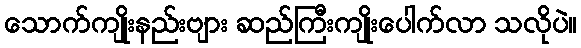
သောက်ကျိုးနည်းဗျား ဆည်ကြီးကျိုးပေါက်လာ သလိုပဲ။